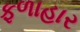
ફળાહાર